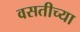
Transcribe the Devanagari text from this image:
वसतीच्या